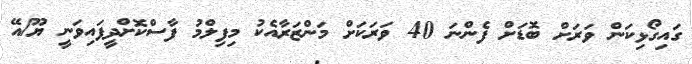
ގައިގޯޅިކަން ވަރަށް ބޮޑަށް ފެންނަ 40 ވަރަކަށް މަންޒަރާއެކު މިފިލްމު ފާސްކޮށްދީފައިވަނީ ޔޫ/އޭ